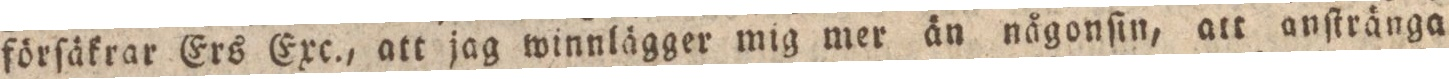
förſäkrar Ers Exc., att jag winnlägger mig mer än någonſin, att anſtränga